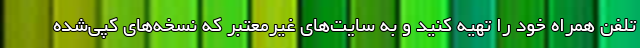
تلفن همراه خود را تهیه کنید و به سایت‌های غیرمعتبر که نسخه‌های کپی‌شده